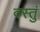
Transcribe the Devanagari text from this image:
वस्तुं